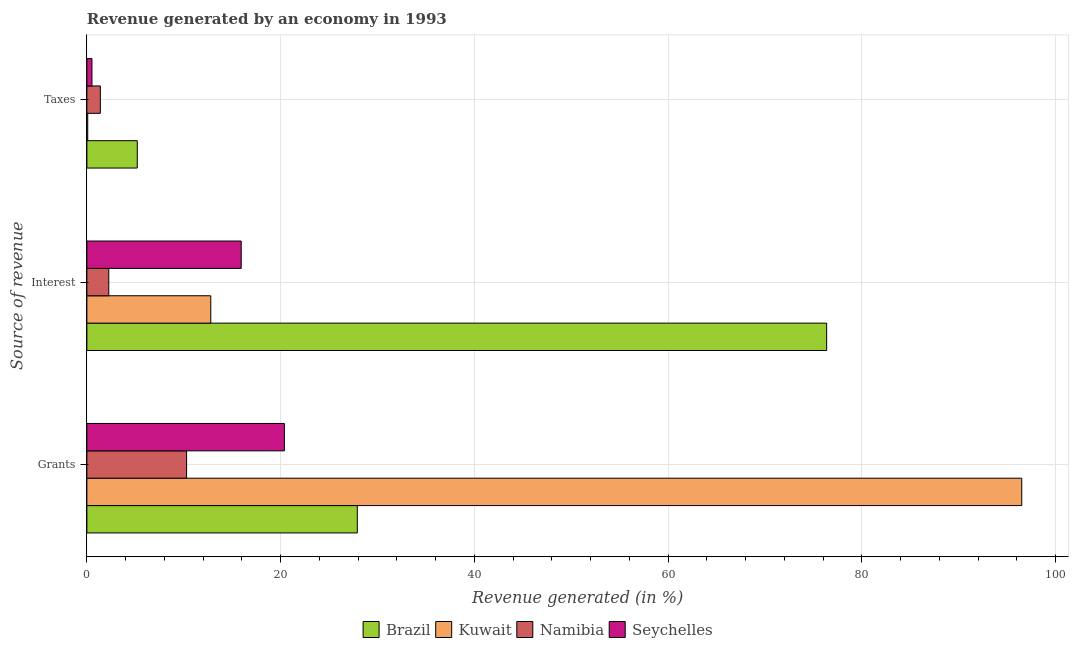
| Source of revenue | Brazil | Kuwait | Namibia | Seychelles |
 | --- | --- | --- | --- | --- |
 | Grants | 27.9 | 96.5 | 10.3 | 20.4 |
 | Interest | 76.4 | 12.8 | 2.26 | 15.9 |
 | Taxes | 5.2 | 0.0882 | 1.39 | 0.524 |